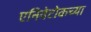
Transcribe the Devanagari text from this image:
एनिवेटोकच्या